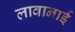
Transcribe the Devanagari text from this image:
लावानाई